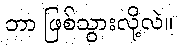
ဘာ ဖြစ်သွားလို့လဲ။